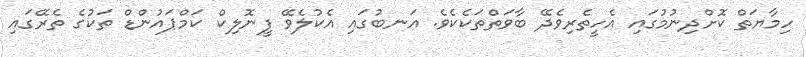
ހިމާޔަތް ކޮށްދިނުމުގައި އެހީތެރިވެދޭ ބާވަތްތަކެކެވެ. އަނބުގައި އެކުލެވޭ ފީނޮލިކް ކަމްޕައުންޑް ތަކުގެ ތެރޭގައި